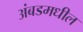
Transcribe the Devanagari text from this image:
अंबडमधील